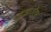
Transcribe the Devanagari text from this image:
हुआ।ऍफ़